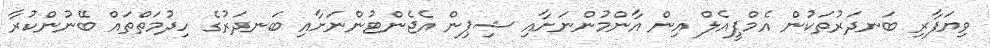
ވިޔަފާރި ބަނދަރުތަކުން އެމްޕީއެލް އިން އާންމުންނަށާއި ޝިޕިން އެޖެންޓުންނަށާއި ބަނދަރުގެ ހިދުމަތްތައް ބޭނުންކުރާ